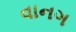
વાનગ